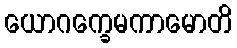
ယောဂက္ခေမကာမောတိ